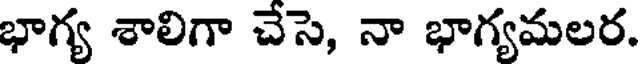
భాగ్య శాలిగా చేసె, నా భాగ్యమలర.